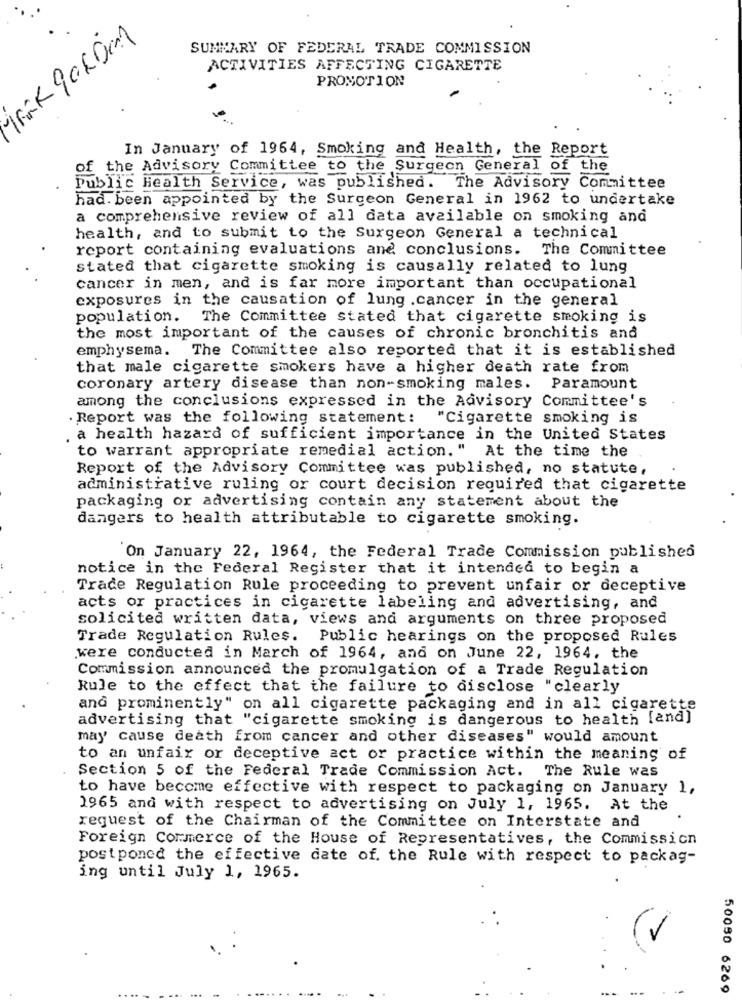
SUMMARY OF FEDERAL TRADE COMMISSION
ACTIVITIES AFFECTING CIGARETTE
PROMOTION
In January of 1964, Smoking and Health, the Report
of the Advisory Committee to the Surgeon General of the
Public Health Service, was published. The Advisory Committee
had. been appointed by the Surgeon General in 1962 to undertake
a comprehensive review of all data available on smoking and
health, and to submit to the Surgeon General a technical
report containing evaluations and conclusions. The Committee
stated that cigarette smoking is causally related to lung
cancer in men, and is far more important than occupational
exposures in the causation of lung .cancer in the general
population. The Committee stated that cigarette smoking is
the most important of the causes of chronic bronchitis and
emphysema. The Committee also reported that it is established
that male cigarette smokers have a higher death rate from
coronary artery disease than non-smoking males. Paramount
among the conclusions expressed in the Advisory Committee's
. Report was the following statement:
"Cigarette smoking is
. a health hazard of sufficient importance in the United States
to warrant appropriate remedial action." At the time the
Report of the Advisory Committee was published, no statute,
administrative ruling or court decision required that cigarette
packaging or advertising contain any statement about the
dangers to health attributable to cigarette smoking.
On January 22, 1964, the Federal Trade Commission published
notice in the Federal Register that it intended to begin a
Trade Regulation Rule proceeding to prevent unfair or deceptive
acts or practices in cigarette labeling and advertising, and
solicited written data, views and arguments on three proposed
Trade Regulation Rules. Public hearings on the proposed Rules
were conducted in March of 1964, and on June 22, 1964, the
Commission announced the promulgation of a Trade Regulation
Rule to the effect that the failure to disclose "clearly
and prominently" on all cigarette packaging and in all cigarette
advertising that "cigarette smoking is dangerous to health [and]
may cause death from cancer and other diseases" would amount
to an unfair or deceptive act or practice within the meaning of
Section 5 of the Federal Trade Commission Act. The Rule was
to have become effective with respect to packaging on January 1,
1965 and with respect to advertising on July 1, 1965. At the
request of the Chairman of the Committee on Interstate and
Foreign Commerce of the House of Representatives, the Commission
postponed the effective date of. the Rule with respect to packag-
ing until July 1, 1965.
50050 6269